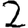
Digit: 2